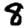
Digit: 8